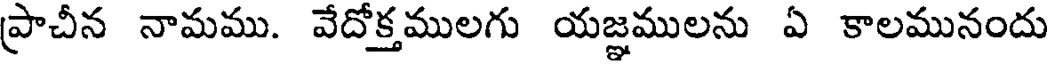
ప్రాచీన నామము. వేదోక్తములగు యజ్ఞములను ఏ కాలమునందు